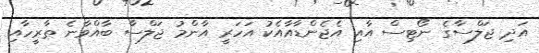
އަދި ޖަލްސާގެ ނޯޓިސް އާއި އެޖެންޑާއާއެކު އަހަރީ އާންމު ޖަލްސާ ބާއްވާނެ ތާރީހާއި